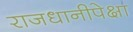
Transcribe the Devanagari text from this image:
राजधानीपेक्षा